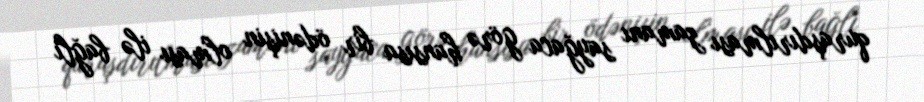
quraşdırılması zamanı sayğaca görə hansısa bir ödənişin olması ilə bağlı